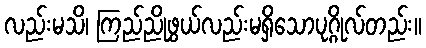
လည်းမသိ၊ ကြည်ညိုဖွယ်လည်းမရှိသောပုဂ္ဂိုလ်တည်း။